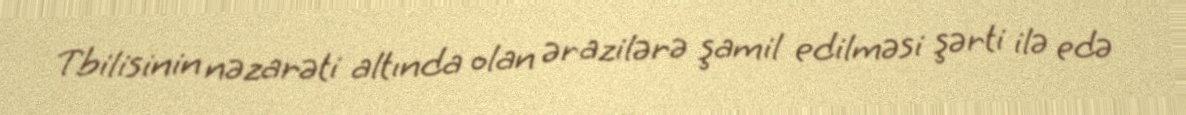
Tbilisinin nəzarəti altında olan ərazilərə şamil edilməsi şərti ilə edə